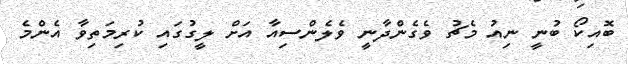
ބޮއިކޯ ބުނީ ނިއު މެޗު ވެގެންދާނީ ވެލެންސިއާ އަށް ލީގުގައި ކުރިމަތިވާ އެންމެ